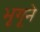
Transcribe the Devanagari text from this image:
भृगूने